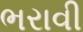
ભરાવી